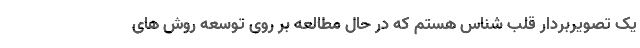
یک تصویربردار قلب شناس هستم که در حال مطالعه بر روی توسعه روش های